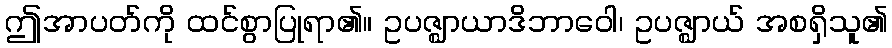
ဤအာပတ်ကို ထင်စွာပြုရာ၏။ ဥပဇ္ဈာယာဒိဘာဝေါ၊ ဥပဇ္ဈာယ် အစရှိသူ၏